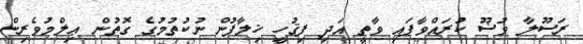
ރަސޫލާ ވުޟޫ ކުރައްވާފައި ވާތީ އަދި ފިޤުހީ ޚިލާފުން ނުކުތުމުގެ ގޮތުން ޢިލްމުވެރިން